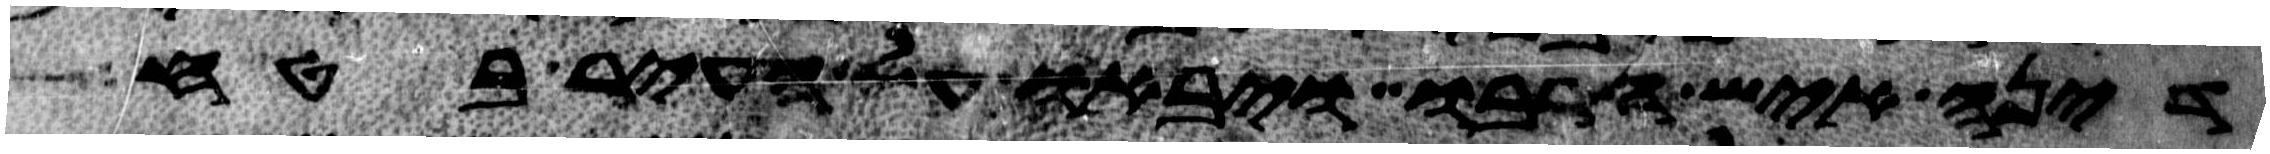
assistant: דינה איש חרבו ויבאו על העיר בטח